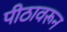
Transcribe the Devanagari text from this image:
पीठावरून